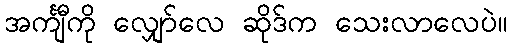
အင်္ကျီကို လျှော်လေ ဆိုဒ်က သေးလာလေပဲ။